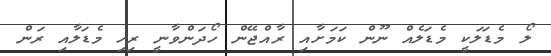
ލޯ މެޑަލަކީ މެޑަލެއް ނޫން ކަމަށާއި ރާއްޖޭން ހޯދަންވާނީ ރިހި މެޑަލާއި ރަން